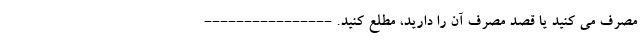
مصرف می کنید یا قصد مصرف آن را دارید، مطلع کنید. ----------------